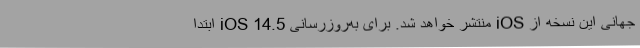
جهانی این نسخه از iOS منتشر خواهد شد. برای به‌روزرسانی iOS 14.5 ابتدا